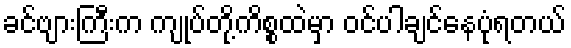
ခင်ဗျားကြီးက ကျုပ်တို့ကိစ္စထဲမှာ ဝင်ပါချင်နေပုံရတယ်